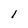
Character: 1